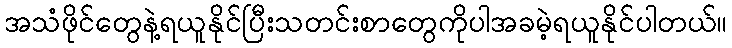
အသံဖိုင်တွေနဲ့ရယူနိုင်ပြီးသတင်းစာတွေကိုပါအခမဲ့ရယူနိုင်ပါတယ်။